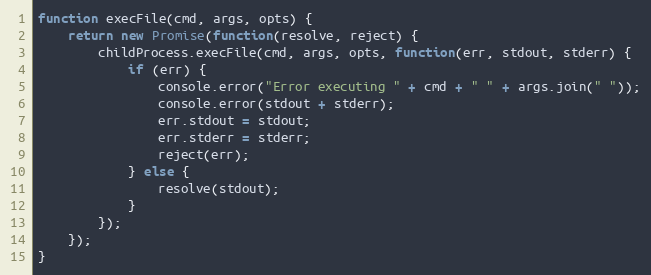
Language: JavaScript
function execFile(cmd, args, opts) {
    return new Promise(function(resolve, reject) {
        childProcess.execFile(cmd, args, opts, function(err, stdout, stderr) {
            if (err) {
                console.error("Error executing " + cmd + " " + args.join(" "));
                console.error(stdout + stderr);
                err.stdout = stdout;
                err.stderr = stderr;
                reject(err);
            } else {
                resolve(stdout);
            }
        });
    });
}